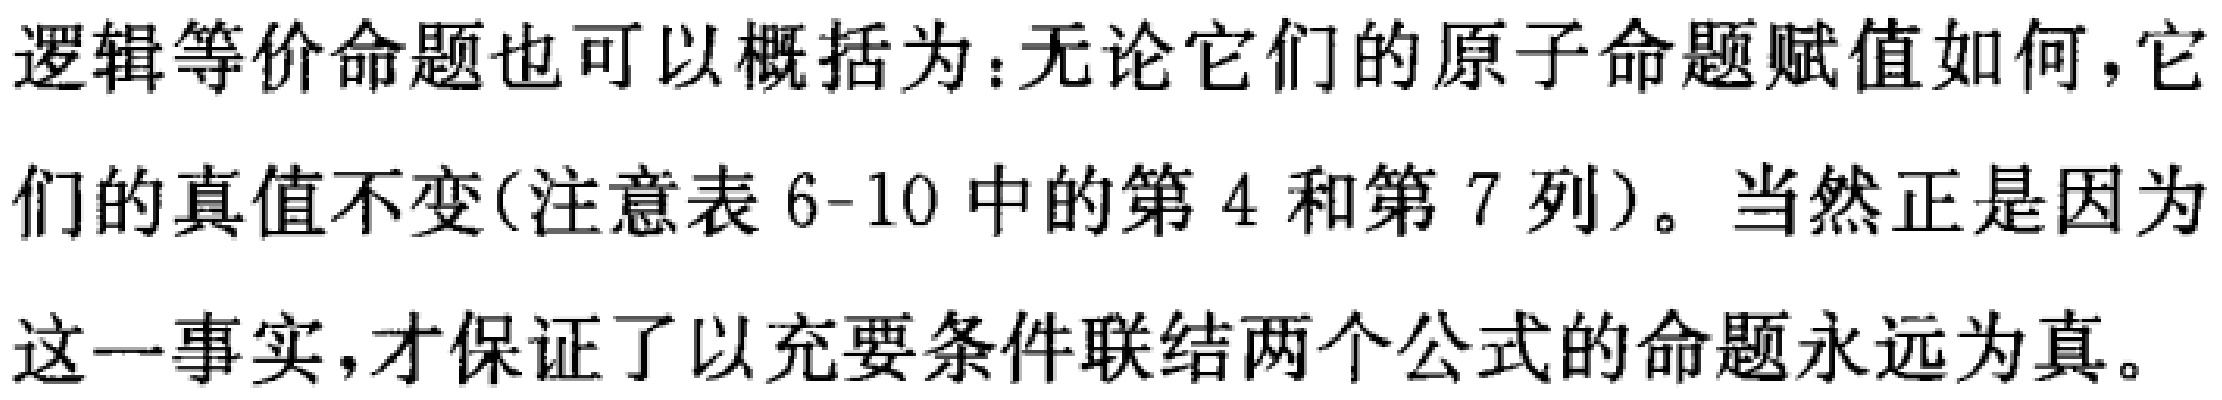
逻辑等价命题也可以概括为：无论它们的原子命题赋值如何，它们的真值不变(注意表 6-10 中的第 4 和第 7 列)。当然正是因为这一事实，才保证了以充要条件联结两个公式的命题永远为真。